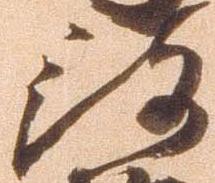
被